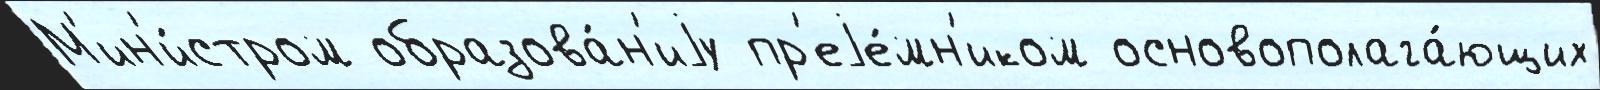
М'ин'и́стром образова́н'иjу пр'еjе́мн'иком основополага́ющих